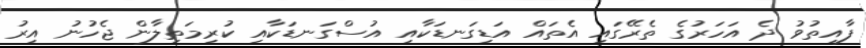
ފާއިތުވު ދެ އަހަރުގެ ތެރޭގައި އެތައް އަޑިގަނޑަކާއި އުސްގަނޑަކާއި ކުރިމަތިލާން ޖެހުނު އިރު